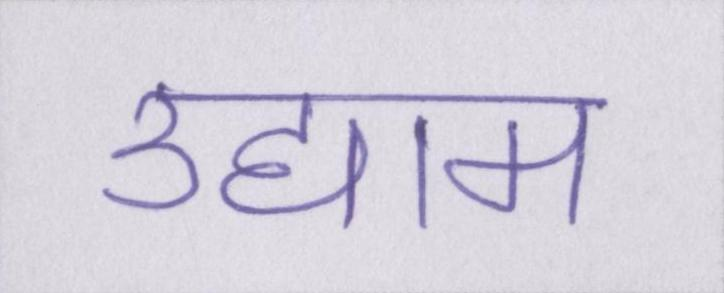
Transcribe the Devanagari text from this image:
उद्याम